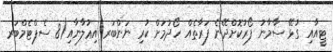
ޓީއާއި ގުޅޭ ސާމާނު ފޯރުކޮށްދޭނެ ފަރާތެއް ހޯދުމަށް ކުރި ނަންބަރ އިޢުލާނާއި(8 ސެޕްޓެމްބަރ